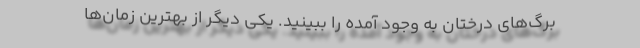
برگ‌های درختان به وجود آمده را ببینید. یکی دیگر از بهترین زمان‌ها